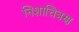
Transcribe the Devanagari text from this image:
निशाचित्रण